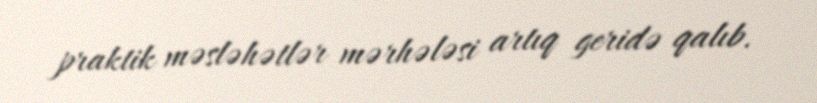
praktik məsləhətlər mərhələsi artıq geridə qalıb.